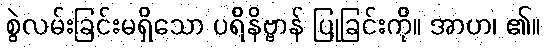
စွဲလမ်းခြင်းမရှိသော ပရိနိဗ္ဗာန် ပြုခြင်းကို။ အာဟ၊ ၏။